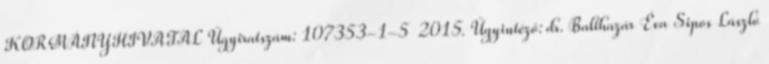
KORMÁNYHIVATAL Ügyiratszám: 107353-1-5 2015. Ügyintéző: dr. Balthazár Éva Sipos László